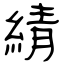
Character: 綪